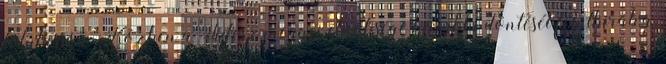
folytasson. Közben a Fidesz megyei elnöksége korábbi döntését felülbírálva,